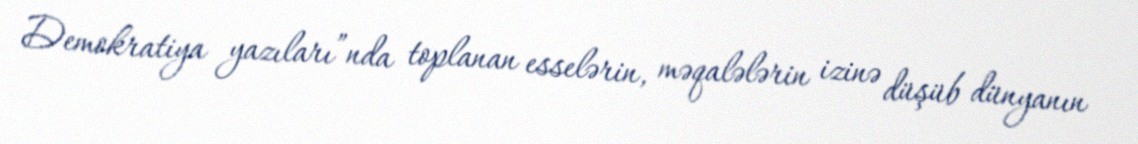
Demokratiya yazıları”nda toplanan esselərin, məqalələrin izinə düşüb dünyanın